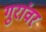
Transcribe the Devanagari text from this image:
गुरांवर